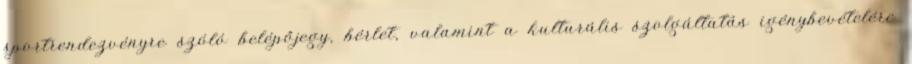
sportrendezvényre szóló belépőjegy, bérlet, valamint a kulturális szolgáltatás igénybevételére